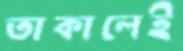
তাকালেই